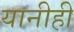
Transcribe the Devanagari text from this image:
यानीही